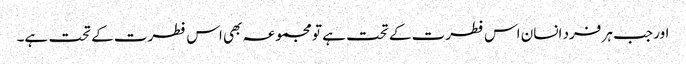
اور جب ہر فرد انسان اس فطرت کے تحت ہے تو مجموعہ بھی اس فطرت کے تحت ہے۔